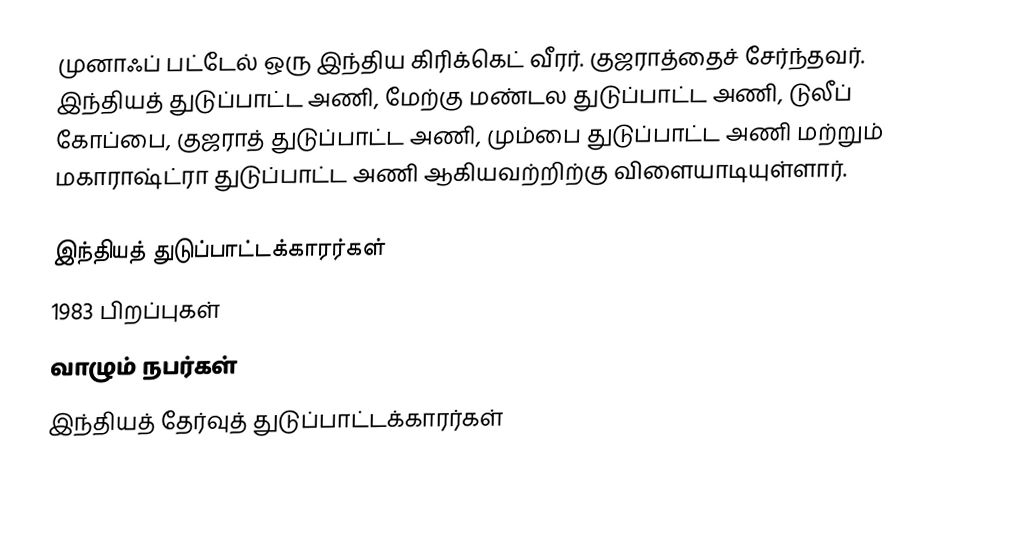
முனாஃப் பட்டேல் ஒரு இந்திய கிரிக்கெட் வீரர். குஜராத்தைச் சேர்ந்தவர். இந்தியத் துடுப்பாட்ட அணி, மேற்கு மண்டல துடுப்பாட்ட அணி, டுலீப் கோப்பை, குஜராத் துடுப்பாட்ட அணி, மும்பை துடுப்பாட்ட அணி மற்றும் மகாராஷ்ட்ரா துடுப்பாட்ட அணி ஆகியவற்றிற்கு விளையாடியுள்ளார்.

இந்தியத் துடுப்பாட்டக்காரர்கள்
1983 பிறப்புகள்
வாழும் நபர்கள்
இந்தியத் தேர்வுத் துடுப்பாட்டக்காரர்கள்